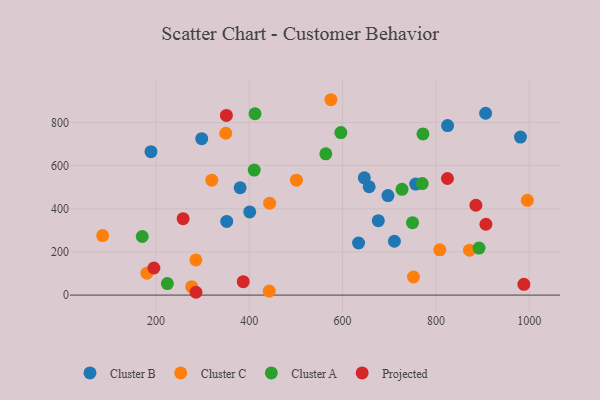
{"axis": {"x": "Distance", "y": "Yield"}, "legend": ["Cluster A", "Cluster B", "Cluster C", "Projected"], "data": [{"x": "189.2", "y": 664.2, "type": "Cluster B"}, {"x": "646.5", "y": 543.1, "type": "Cluster B"}, {"x": "380.4", "y": 497.3, "type": "Cluster B"}, {"x": "825.0", "y": 785.3, "type": "Cluster B"}, {"x": "351.6", "y": 341.1, "type": "Cluster B"}, {"x": "756.6", "y": 514.4, "type": "Cluster B"}, {"x": "981.2", "y": 732.2, "type": "Cluster B"}, {"x": "400.9", "y": 385.3, "type": "Cluster B"}, {"x": "906.5", "y": 842.5, "type": "Cluster B"}, {"x": "634.2", "y": 241.3, "type": "Cluster B"}, {"x": "711.0", "y": 249.4, "type": "Cluster B"}, {"x": "676.5", "y": 344.6, "type": "Cluster B"}, {"x": "697.2", "y": 461.1, "type": "Cluster B"}, {"x": "656.9", "y": 501.9, "type": "Cluster B"}, {"x": "298.0", "y": 724.7, "type": "Cluster B"}, {"x": "808.3", "y": 209.5, "type": "Cluster C"}, {"x": "443.6", "y": 425.7, "type": "Cluster C"}, {"x": "85.6", "y": 275.6, "type": "Cluster C"}, {"x": "751.9", "y": 83.8, "type": "Cluster C"}, {"x": "319.6", "y": 532.5, "type": "Cluster C"}, {"x": "285.5", "y": 162.9, "type": "Cluster C"}, {"x": "276.4", "y": 39.1, "type": "Cluster C"}, {"x": "349.5", "y": 749.7, "type": "Cluster C"}, {"x": "871.9", "y": 207.9, "type": "Cluster C"}, {"x": "180.5", "y": 101.6, "type": "Cluster C"}, {"x": "442.7", "y": 18.5, "type": "Cluster C"}, {"x": "501.0", "y": 532.4, "type": "Cluster C"}, {"x": "996.0", "y": 438.9, "type": "Cluster C"}, {"x": "574.9", "y": 905.1, "type": "Cluster C"}, {"x": "727.3", "y": 489.8, "type": "Cluster A"}, {"x": "772.2", "y": 746.5, "type": "Cluster A"}, {"x": "410.5", "y": 579.1, "type": "Cluster A"}, {"x": "224.3", "y": 53.5, "type": "Cluster A"}, {"x": "170.5", "y": 271.4, "type": "Cluster A"}, {"x": "564.0", "y": 654.3, "type": "Cluster A"}, {"x": "770.6", "y": 516.5, "type": "Cluster A"}, {"x": "749.8", "y": 335.5, "type": "Cluster A"}, {"x": "892.4", "y": 217.9, "type": "Cluster A"}, {"x": "596.2", "y": 752.8, "type": "Cluster A"}, {"x": "412.2", "y": 840.2, "type": "Cluster A"}, {"x": "285.7", "y": 13.0, "type": "Projected"}, {"x": "885.7", "y": 416.2, "type": "Projected"}, {"x": "350.9", "y": 832.4, "type": "Projected"}, {"x": "988.5", "y": 50.0, "type": "Projected"}, {"x": "907.1", "y": 328.1, "type": "Projected"}, {"x": "387.0", "y": 62.2, "type": "Projected"}, {"x": "195.5", "y": 125.4, "type": "Projected"}, {"x": "824.7", "y": 540.2, "type": "Projected"}, {"x": "258.1", "y": 354.0, "type": "Projected"}]}